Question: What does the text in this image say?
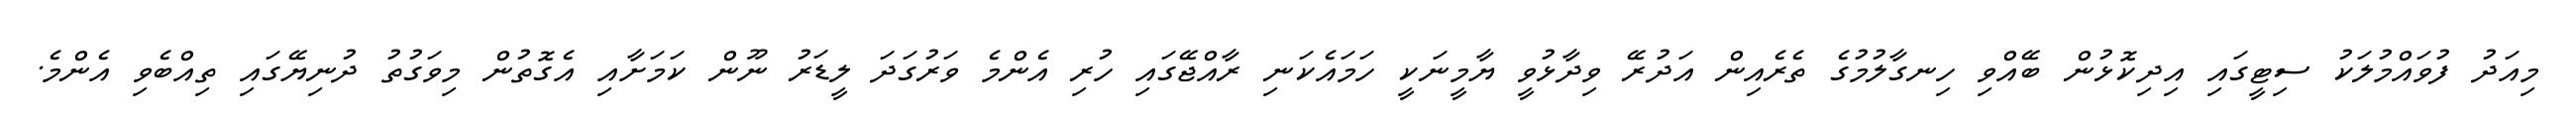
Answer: މިއަދު ފުވައްމުލަކު ސިޓީގައި އިދިކޮޅުން ބޭއްވި ހިނގާލުމުގެ ތެރެއިން އަދުރޭ ވިދާޅުވީ ޔާމީނަކީ ހަމައެކަނި ރާއްޖޭގައި ހުރި އެންމެ ވަރުގަދަ ލީޑަރު ނޫން ކަމަށާއި އެގޮތުން މިވަގުތު ދުނިޔޭގައި ތިއްބެވި އެންމެ.